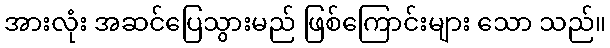
အားလုံး အဆင်ပြေသွားမည် ဖြစ်ကြောင်းများ သော သည်။